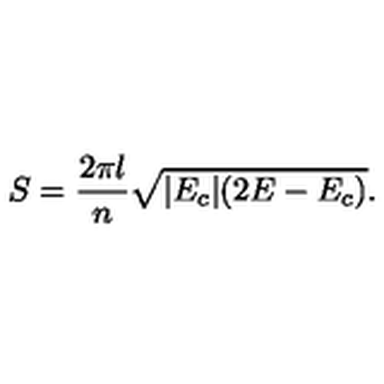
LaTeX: S = \frac { 2 \pi l } { n } \sqrt { | E _ { c } | ( 2 E - E _ { c } ) } .